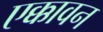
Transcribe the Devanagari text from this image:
एक्कावन